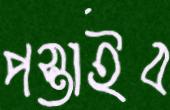
পস্তাইব